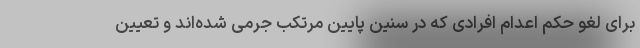
برای لغو حکم اعدام افرادی که در سنین پایین مرتکب جرمی شده‌اند و تعیین